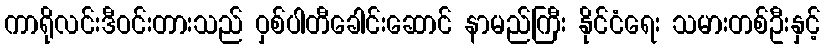
ကာရိုလင်းဒီဝင်းတားသည် ဝှစ်ပါတီခေါင်းဆောင် နာမည်ကြီး နိုင်ငံရေး သမားတစ်ဦးနှင့်